Bréfritari: Jakob Bjarnason
Viðtakandi: Jón Borgfirðings Jónsson
Dagsetning: A-1866-02-26
Skrifað á: Krossanesi  V-Hún.

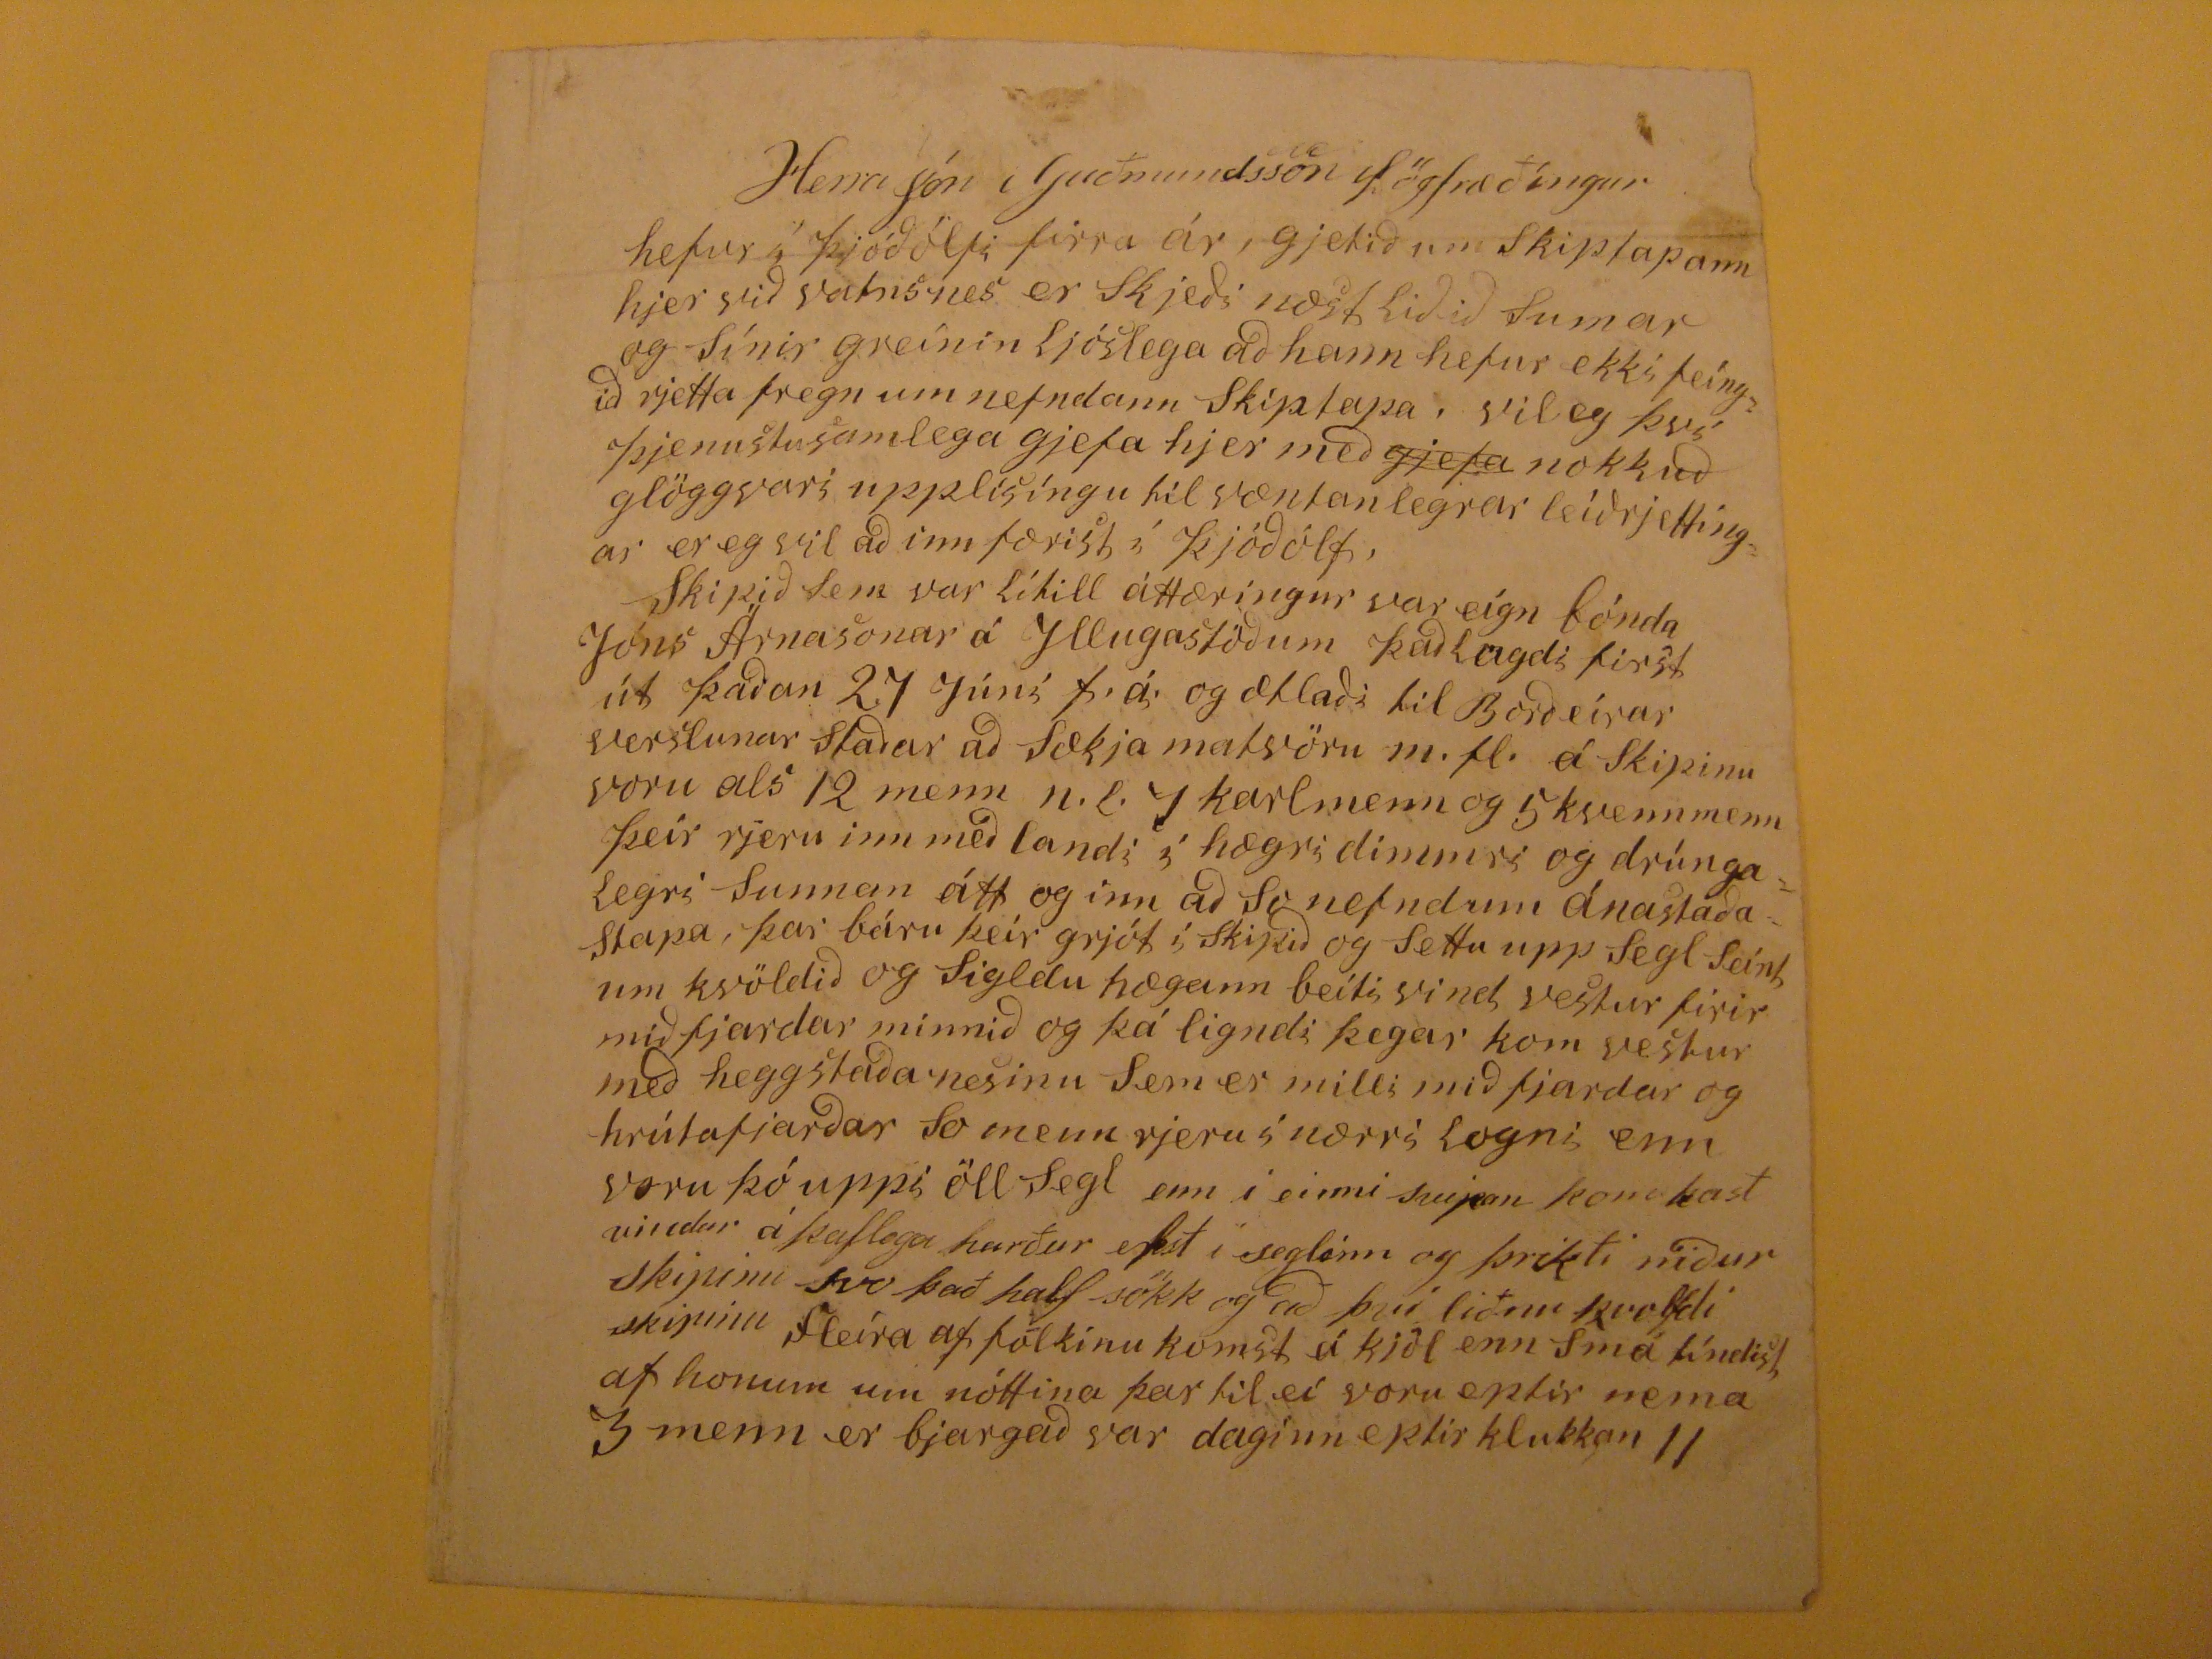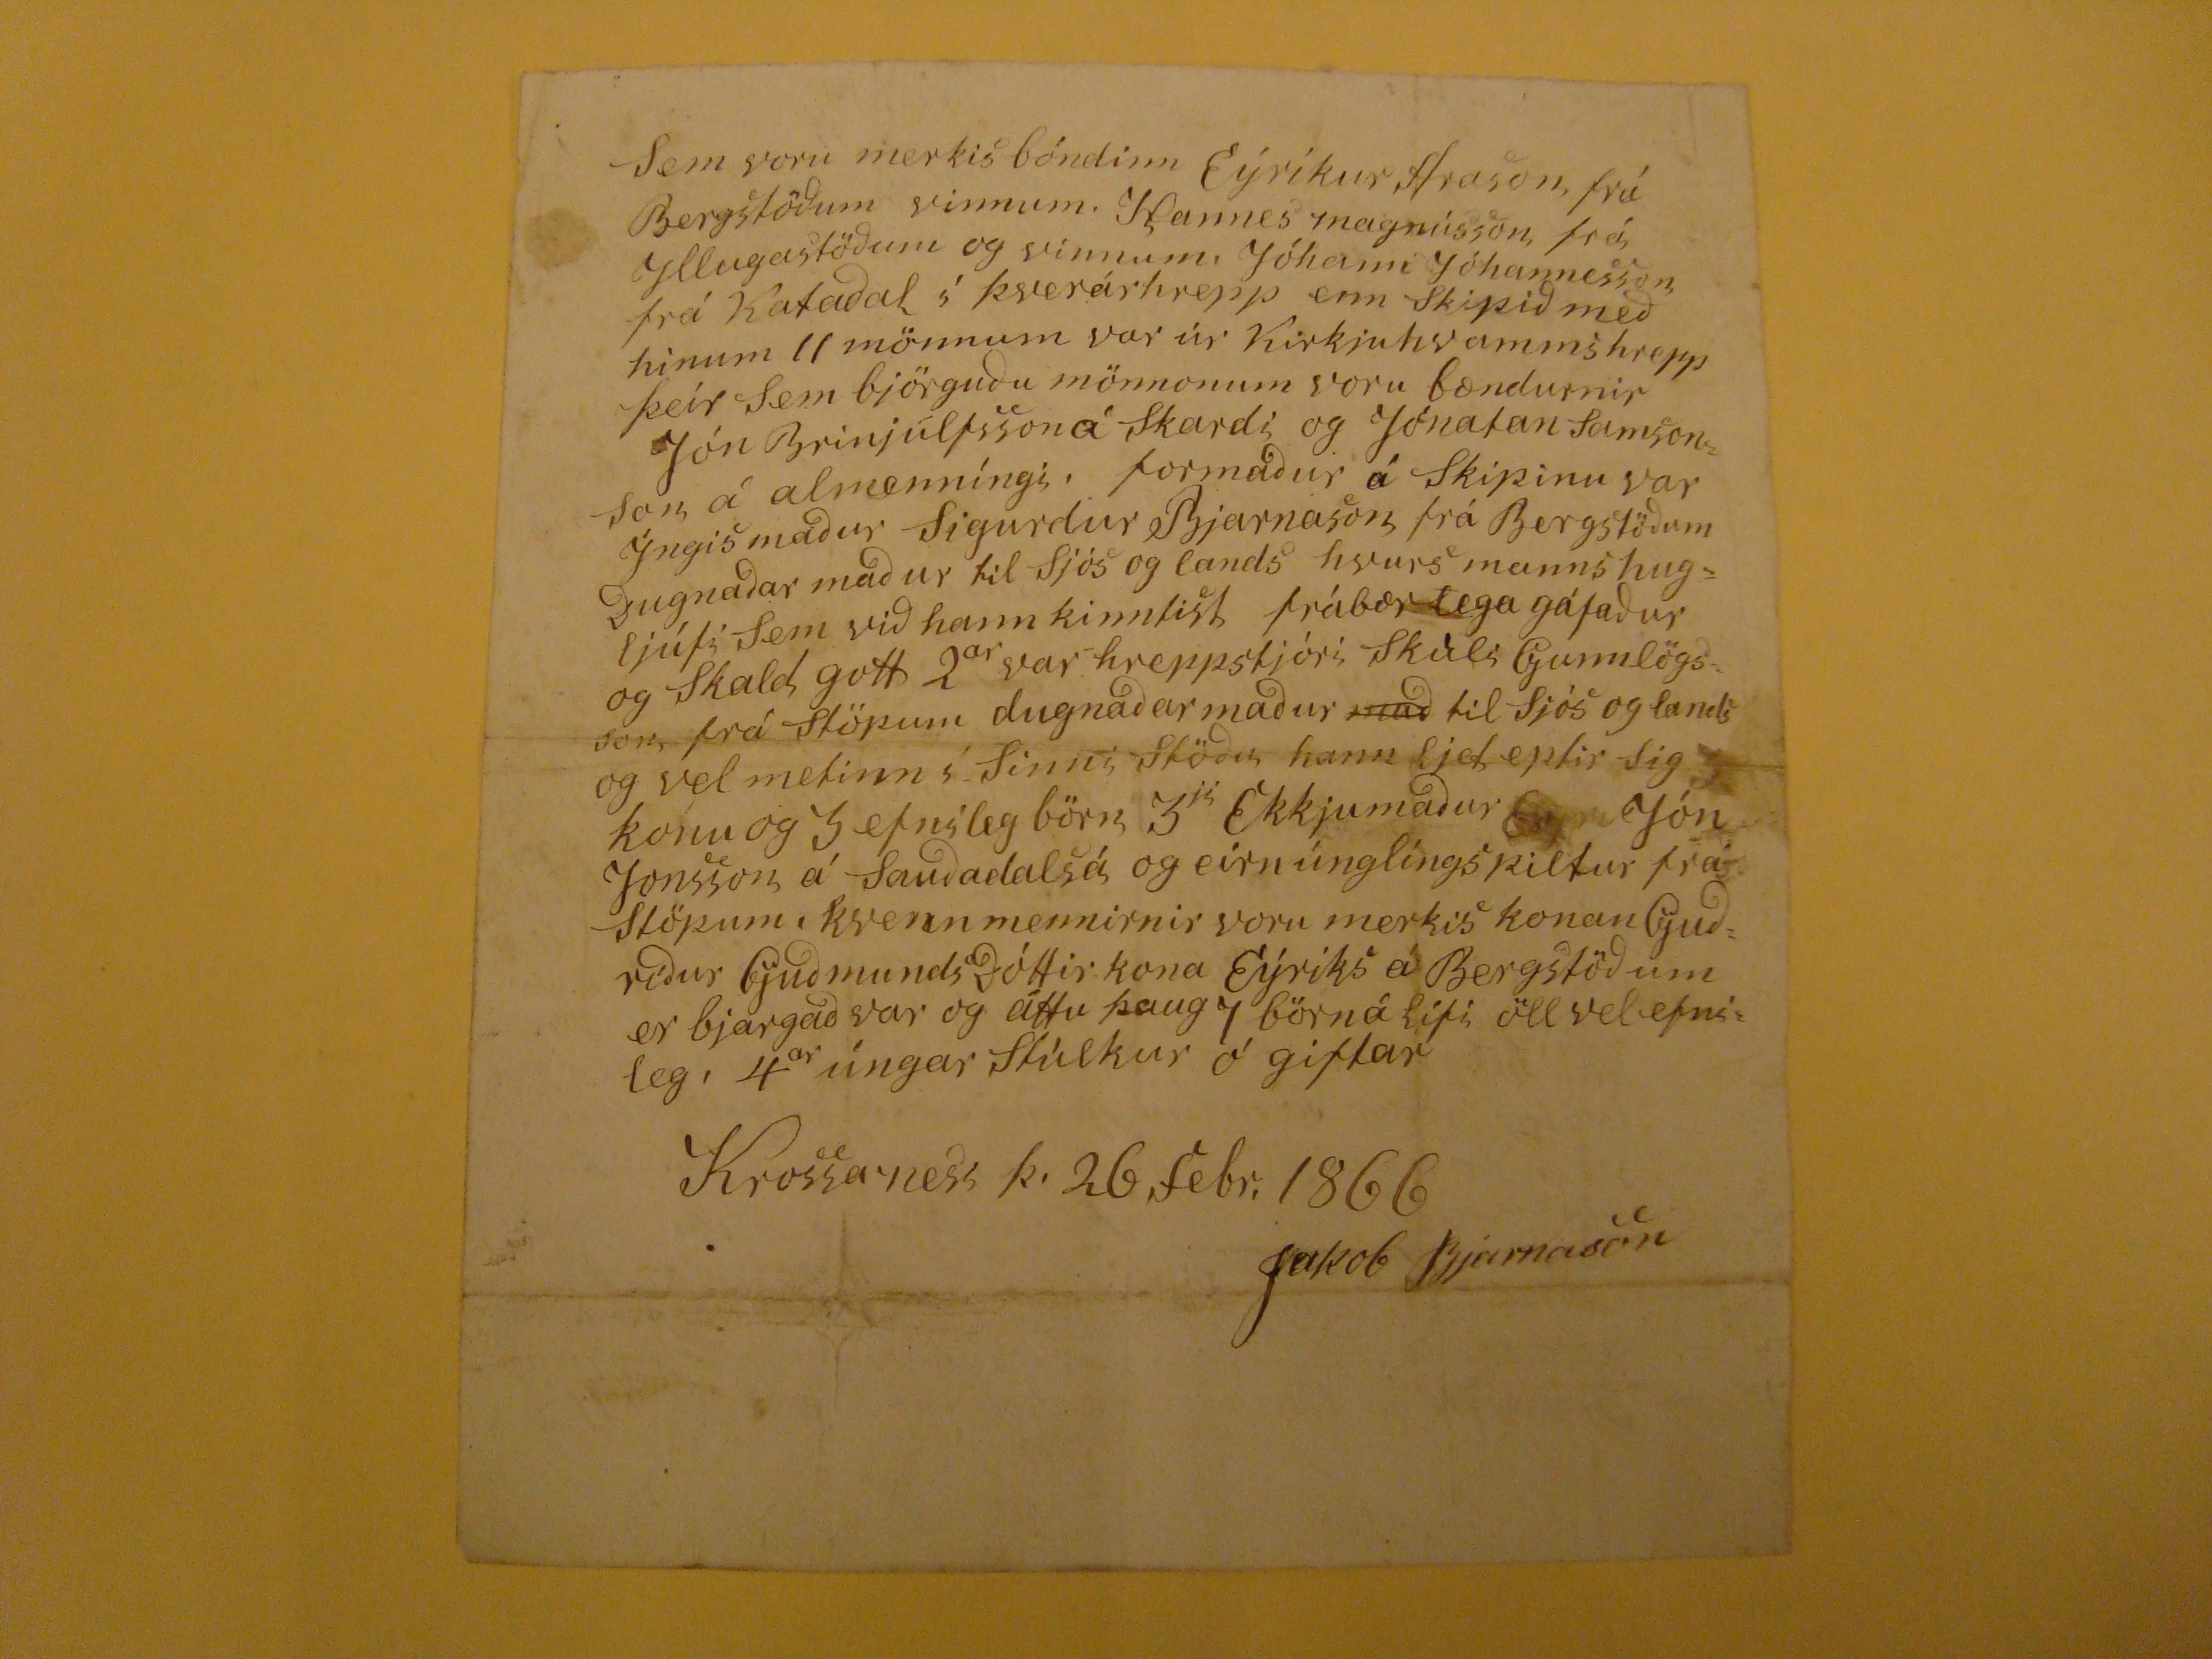

Herra Jón Guðmundsson lögfræðíngur hefur í þjóðólfi firra ár, gjetið um Skip
t
apann hjer við vatnsnes er Skjeði næst liðið Sumar og Sínir greínin ljóslega að hann hefur ekki feíngið rjetta fregn um nefndann Skiptapa, vil eg því þjenustusamlega gjefa hjer með
gjefa
nokkuð glöggvari upplísíngu til væntanlegrar leíðrjettingar er eg vil að inn færist í Þjóðólf, Skipið Sem var lítill áttæringur var eígn bónda Jóns Árnasonar á Illugastöðum það lagdi first út þaðan 27 Júní f.á. og ætlaði til Borðeírar verslunar Staðar að Sækja matvöru m.fl. á Skipinu voru als 12 menn n.l. 7 karlmenn og 5 kvennmenn þeir rjeru inn með landi í hægri dimmri og drúngalegri Sunnan átt og inn að So nefndum ánastaða Stapa , þar báru þeir grjót í Skipið og Settu upp Segl Seint um kvöldið og Sigldu hægann beiti vind vestur firir mið fjardar minnið og þá ligndi þegar kom vestur með heggstaðanesinu Sem er milli miðfjardar og hrútafjarðar so menn rjeru í nærri logni enn voru þó uppi öll Segl enn í einni svipan kom
kast
vindur á kaflega harður efst í seglinn og þrikti niður skipinu svo það half sökk og að því liðnu kvolfdi skipinu Fleíra af fólkinu komst á kjöl enn Smá tíndist af honum um nóttina þar til eí voru eptir nema 3 menn er bjargað var daginn eptir klukkan 11
Sem voru merkis bóndinn Eýríkur
Hrason
, frá Bergstöðum vinnum. Hannes magnússon, frá Illugastöðum og vinnum. Jóhann Jóhannesson frá Kafaðal í Þverárhrepp enn Skipið með hinum 11 mönnum var úr Kirkjuhvammshrepp þeir Sem björguðu mönnonum voru bændurnir Jón Brinjúlfsson á Skardi og Jónatan Samson son á almenníngi, formaður á Skipinu var Íngismaður Sigurdur Bjarnason frá Bergstöðum ðugnaðar maður til Sjós og lands hvurs manns hugljúfi sem við hann kinntist frábær lega gáfaður og Skald gott 2
ar
var hreppstjóri skúli Gunnlögsson frá Stöpum dugnaðar maður
mað
til sjós og lands og vel metinn í Sinni Stöðu hann ljet eptir sig konu og 3 efnileg börn 3
ji
Ekkjumaður
???
Jón Jonsson á Sauðadalsá og eirnúnglíngspiltur frá Stöpum kvennmennirnir voru merkis konanguðríður Guðmundsðóttir kona Eýríks á Bergstöðum er bjargað var og áttu þaug 7 börn á lífi öll vel efnileg 4
ar
úngar Stúlkur ó giftar
Krossnesi þ. 26 febr. 1866
Jakob Bjarnason